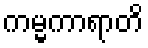
ကမ္မကာရာတိ